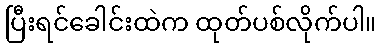
ပြီးရင်ခေါင်းထဲက ထုတ်ပစ်လိုက်ပါ။